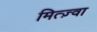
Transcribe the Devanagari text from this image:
मित्ज़्वा